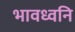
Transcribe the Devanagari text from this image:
भावध्वनि